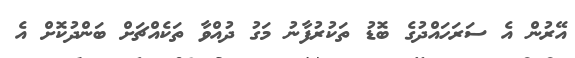
އޭރުން އެ ސަރަހައްދުގެ ބޮޑު ތަކުރުފާނު މަގު ދުއްވާ ތަކެއްޗަށް ބަންދުކޮށް އެ